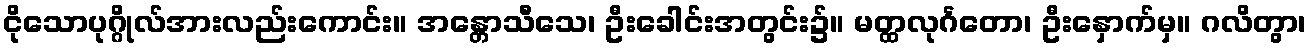
ငိုသောပုဂ္ဂိုလ်အားလည်းကောင်း။ အန္တောသီသေ၊ ဦးခေါင်းအတွင်း၌။ မတ္ထလုင်္ဂတော၊ ဦးနှောက်မှ။ ဂလိတွာ၊